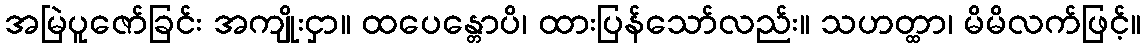
အမြဲပူဇော်ခြင်း အကျိုးငှာ။ ထပေန္တောပိ၊ ထားပြန်သော်လည်း။ သဟတ္ထာ၊ မိမိလက်ဖြင့်။